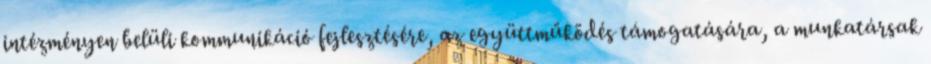
intézményen belüli kommunikáció fejlesztésére, az együttműködés támogatására, a munkatársak